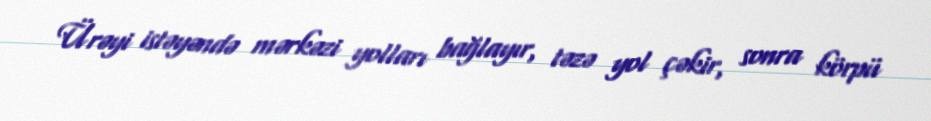
Ürəyi istəyəndə mərkəzi yolları bağlayır, təzə yol çəkir, sonra körpü